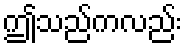
ဤသည်ကလည်း